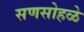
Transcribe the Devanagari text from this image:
सणसोहळे